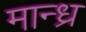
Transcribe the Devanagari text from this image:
मान्ध्र